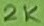
Text: 2K